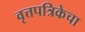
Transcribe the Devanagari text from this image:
वृत्तपत्रिकेचा